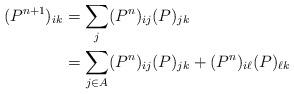
LaTeX: \begin{align*}(P^{n+1})_{ik}&=\sum_j (P^n)_{ij}(P)_{jk}\\&=\sum_{j\in A}(P^n)_{ij}(P)_{jk}+(P^n)_{i\ell} (P)_{\ell k}\end{align*}